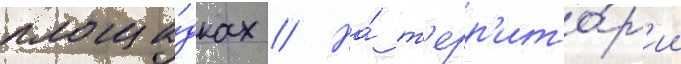
площа́дках // На́ т'ерр'ито́р'ии